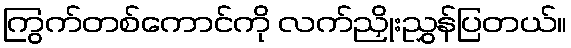
ကြွက်တစ်ကောင်ကို လက်ညှိုးညွှန်ပြတယ်။